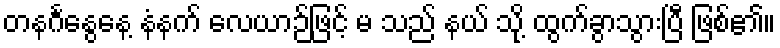
တနင်္ဂနွေနေ့ နံနက် လေယာဉ်ဖြင့် မ သည် နယ် သို့ ထွက်ခွာသွားပြီ ဖြစ်၏။